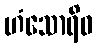
ဟံသောရိဝ